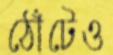
ঠোঁটেও